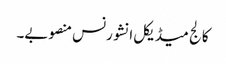
کالج میڈیکل انشورنس منصوبے۔